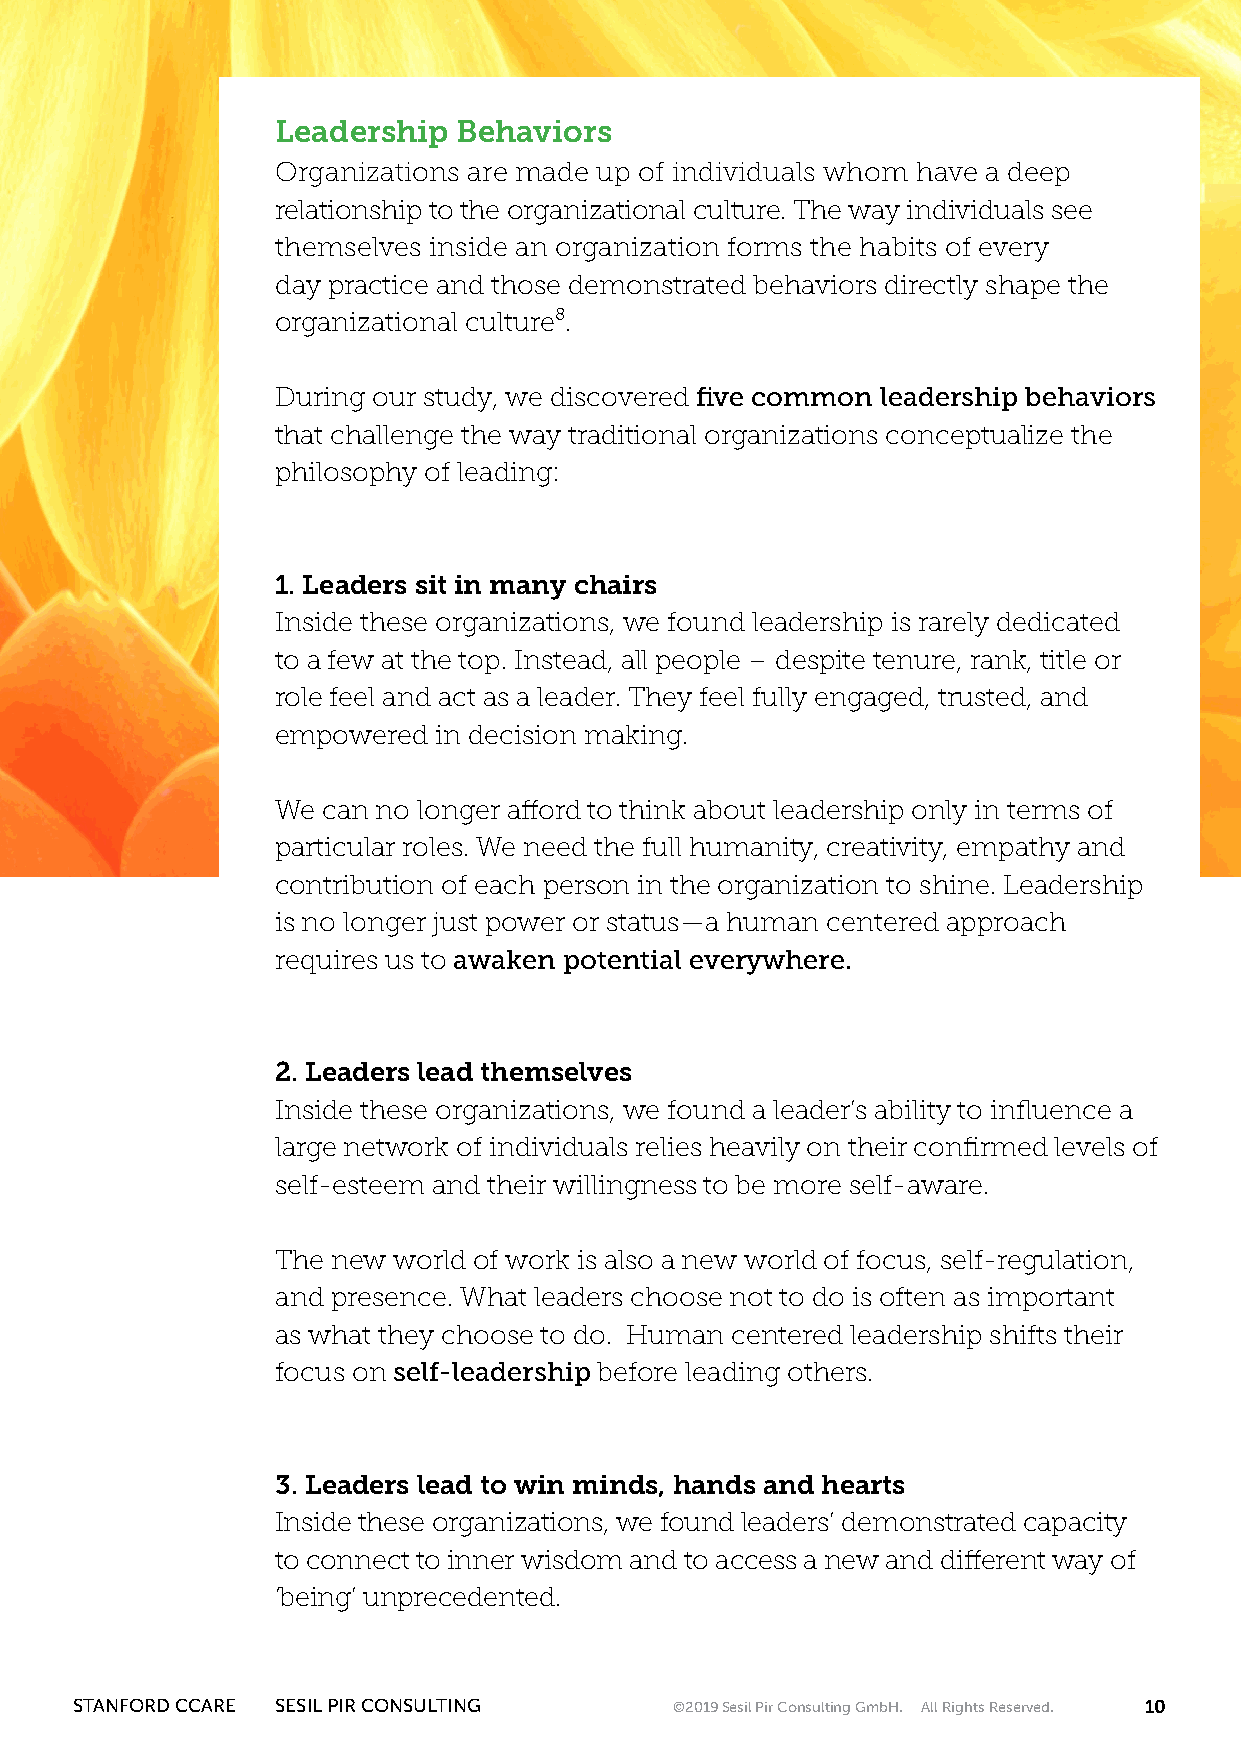
Leadership  Behaviors
 Organizations are made up of individuals whom have a deep
 relationship to the organizational culture. The way individuals see
 themselves inside an organization forms the habits of every
 day practice and those demonstrated behaviors directly shape the
 organizational culture⁸.
 During our study, we discovered five common leadership behaviors
 that challenge the way traditional organizations conceptualize the
 philosophy of leading:
 1. Leaders sit in many chairs
 Inside these organizations, we found leadership is rarely dedicated
 to a few at the top. Instead, all people – despite tenure, rank, title or
 role feel and act as a leader. They feel fully engaged, trusted, and
 empowered  in decision making.
 We can no longer afford to think about leadership only in terms of
 particular roles. We need the full humanity, creativity, empathy and
 contribution of each person in the organization to shine. Leadership
 is no longer just power or status—a human centered approach
 requires us to awaken potential everywhere.
 2. Leaders lead themselves
 Inside these organizations, we found a leader’s ability to influence a
 large network of individuals relies heavily on their confirmed levels of
 self-esteem and their willingness to be more self-aware.
 The new world of work is also a new world of focus, self-regulation,
 and presence. What leaders choose not to do is often as important
 as what they choose to do. Human centered leadership shifts their
 focus on self-leadership before leading others.
 3. Leaders lead to win minds, hands and hearts
 Inside these organizations, we found leaders’ demonstrated capacity
 to connect to inner wisdom and to access a new and different way of
 ‘being’ unprecedented.
 STANFORD CCARE SESIL PIR CONSULTING     ©2019 Sesil Pir Consulting GmbH. All Rights Reserved. 10